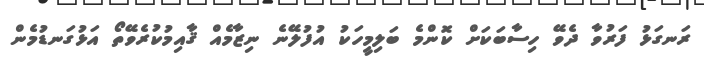
ރަނގަޅު ފަރުވާ ދެވޭ ހިސާބަކަށް ކޮންމެ ބަލިމީހަކު އުފުލޭނެ ނިޒާމެއް ޤާއިމުކުރެވޭތޯ އަޅުގަނޑުމެން